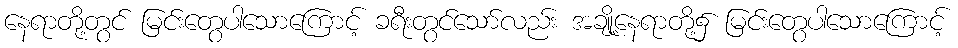
နေရာတို့တွင် မြင်းတွေပါသောကြောင့် ခရီးတွင်သော်လည်း အချို့နေရာတို့၌ မြင်းတွေပါသောကြောင့်